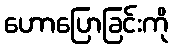
ဟောပြောခြင်းကို